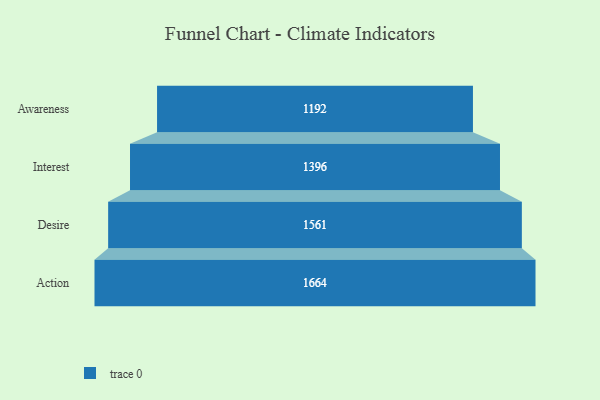
{"axis": {"x": "Stage", "y": "Value"}, "legend": [""], "data": [{"x": "Awareness", "y": 1192.0, "type": ""}, {"x": "Interest", "y": 1396.0, "type": ""}, {"x": "Desire", "y": 1561.0, "type": ""}, {"x": "Action", "y": 1664.0, "type": ""}]}